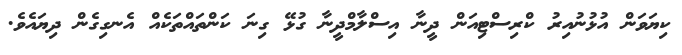
ކިޔަވަން އުޅުނުއިރު ކްރިސްޓިއަން ދީނާ އިސްލާމްދީނާ ގުޅޭ ގިނަ ކަންތައްތަކެއް އެނގިގެން ދިޔައެވެ.